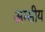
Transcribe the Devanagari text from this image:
अम्सीय